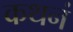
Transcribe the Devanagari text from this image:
कथनं